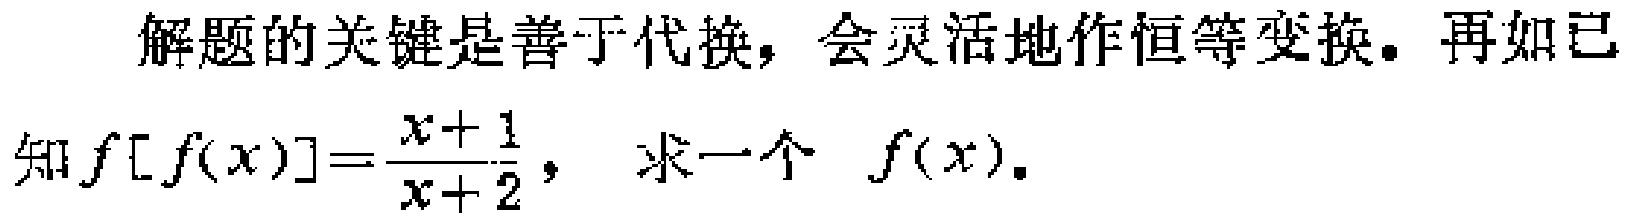
解题的关键是善于代换，会灵活地作恒等变换。再如已知$f[f(x)]=\frac{x + \frac{1}{2}}{x + 2}$，求一个$f(x)$。